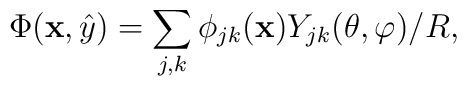
\Phi({\bf x},\hat{y})=\sum_{j,k}\phi_{jk}({\bf x})Y_{jk}(\theta,\varphi)/R,